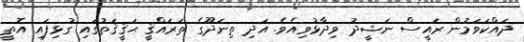
ދައްކަވަމުން ރައީސް ނަޝީދު ވިދާޅުވިއެވެ. އަދި ތިނަދޫގެ ތަރައްޤީ ޙަޤީޤަތުގައި ގުޅިފައި އޮތީ